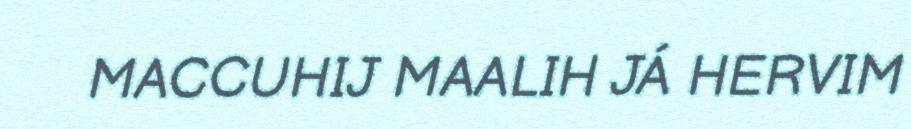
MACCUHIJ MAALIH JÁ HERVIM